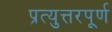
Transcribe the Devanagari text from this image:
प्रत्युत्तरपूर्ण